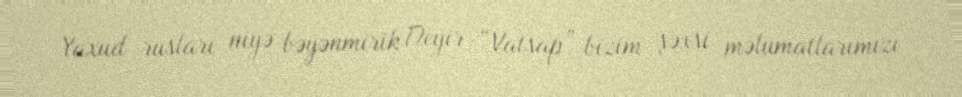
Yaxud rusları niyə bəyənmirik Deyir “Vatsap” bizim şəxsi məlumatlarımızı